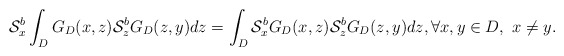
\begin{align*}\mathcal{S}^{b}_{x}\int_{D}G_{D}(x,z)\mathcal{S}^{b}_{z}G_{D}(z,y)dz=\int_{D}\mathcal{S}^{b}_{x}G_{D}(x,z)\mathcal{S}^{b}_{z}G_{D}(z,y)dz,\forall x,y\in D,\ x\not=y.\end{align*}